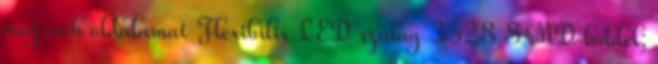
meg web oldalamat Flexibilis LED szalag 3528 SMD leddel;